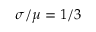
\sigma / \mu = 1 / 3